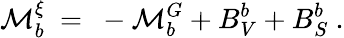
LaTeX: {\cal M}_{b}^{\xi}\ =\ -{\cal M}_{b}^{G}+B_{V}^{b}+B_{S}^{b}\ .